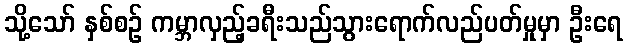
သို့သော် နှစ်စဉ် ကမ္ဘာလှည့်ခရီးသည်သွားရောက်လည်ပတ်မှုမှာ ဦးရေ